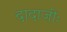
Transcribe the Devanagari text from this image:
दादाजीः